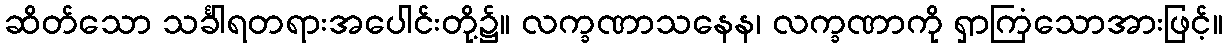
ဆိတ်သော သင်္ခါရတရားအပေါင်းတို့၌။ လက္ခဏာသနေန၊ လက္ခဏာကို ရှာကြံသောအားဖြင့်။